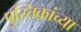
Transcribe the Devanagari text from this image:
पुस्तिकांच्‍या